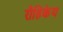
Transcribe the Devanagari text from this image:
रौहिकेय